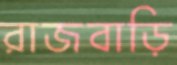
রাজবাড়ি